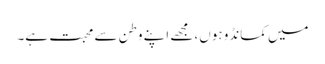
میں کمانڈو ہوں، مجھے اپنے وطن سے محبت ہے۔